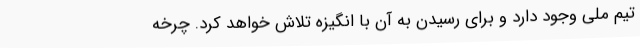
تیم ملی وجود دارد و برای رسیدن به آن با انگیزه تلاش خواهد کرد. چرخه